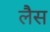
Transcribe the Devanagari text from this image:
लेैस